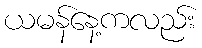
ယမန်နေ့ကလည်း